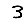
Digit: 3